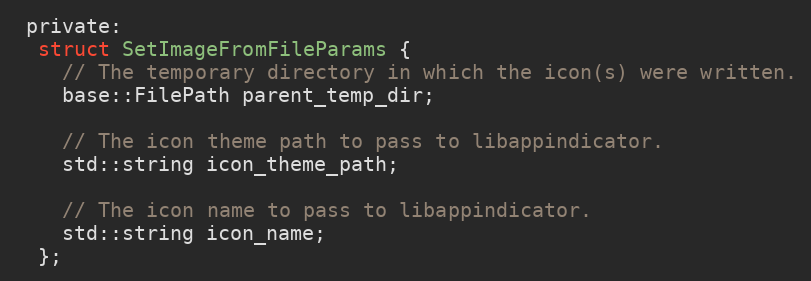
Language: C
 private:
  struct SetImageFromFileParams {
    // The temporary directory in which the icon(s) were written.
    base::FilePath parent_temp_dir;

    // The icon theme path to pass to libappindicator.
    std::string icon_theme_path;

    // The icon name to pass to libappindicator.
    std::string icon_name;
  };